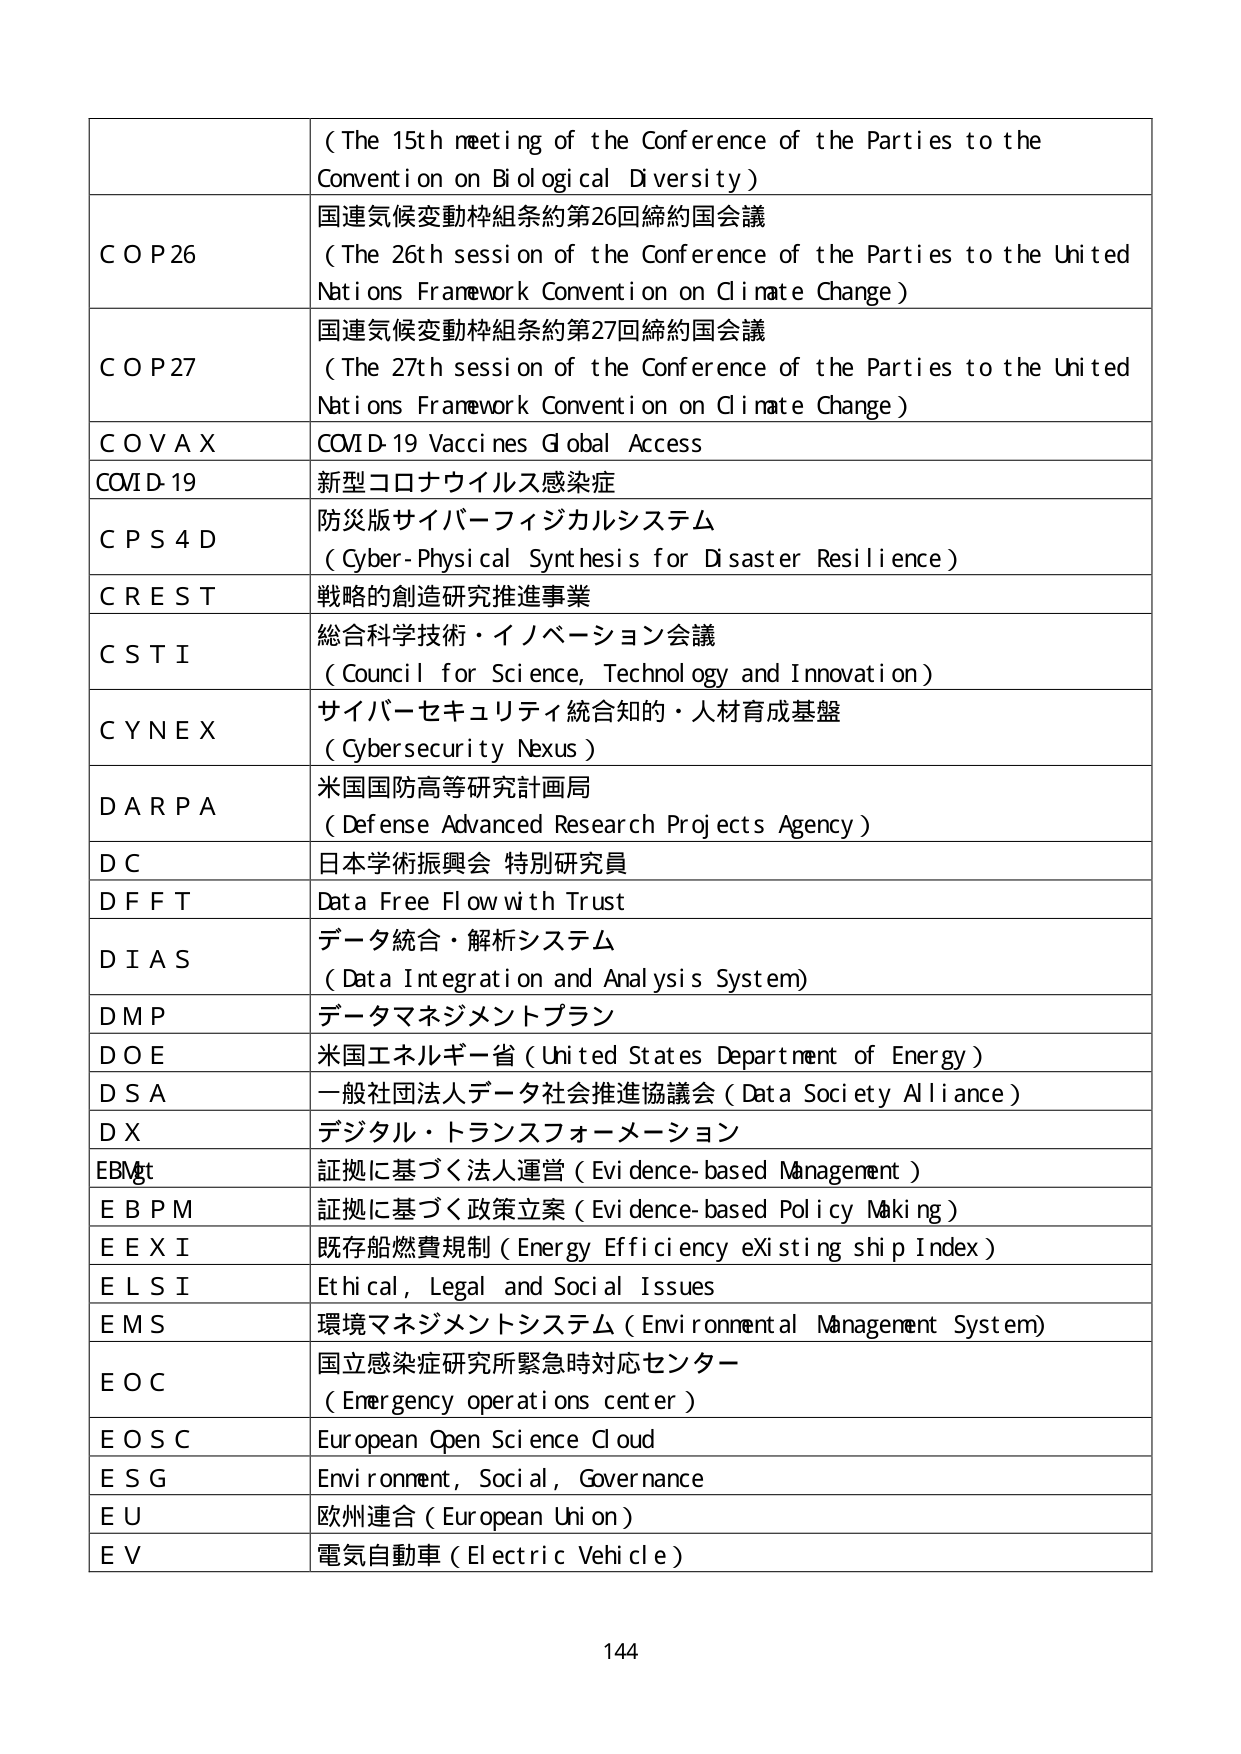
( The 15th meeting of the Conference of the Parties to the Convention on Biological Diversity )

COP26
国連気候変動枠組条約第26回締約国会議
( The 26th session of the Conference of the Parties to the United Nations Framework Convention on Climate Change )

COP27
国連気候変動枠組条約第27回締約国会議
( The 27th session of the Conference of the Parties to the United Nations Framework Convention on Climate Change )

COVAX
COVID-19 Vaccines Global Access

COVID-19
新型コロナウイルス感染症

CPS4D
防災版サイバーフィジカルシステム
( Cyber-Physical Synthesis for Disaster Resilience )

CREST
戦略的創造研究推進事業

CSTI
総合科学技術・イノベーション会議
( Council for Science, Technology and Innovation )

CYNEX
サイバーセキュリティ統合知的・人材育成基盤
( Cybersecurity Nexus )

DARPA
米国国防高等研究計画局
( Defense Advanced Research Projects Agency )

DC
日本学術振興会 特別研究員

DFFT
Data Free Flow with Trust

DIAS
データ統合・解析システム
( Data Integration and Analysis System )

DMP
データマネジメントプラン

DOE
米国エネルギー省 ( United States Department of Energy )

DSA
一般社団法人データ社会推進協議会 ( Data Society Alliance )

DX
デジタル・トランスフォーメーション

EBMgt
証拠に基づく法人運営 ( Evidence-based Management )

EBPM
証拠に基づく政策立案 ( Evidence-based Policy Making )

EXI
既存船燃費規制 ( Energy Efficiency existing ship Index )

ELSI
Ethical, Legal and Social Issues

EMS
環境マネジメントシステム ( Environmental Management System )

EOC
国立感染症研究所緊急時対応センター
( Emergency operations center )

EOSC
European Open Science Cloud

ESG
Environment, Social, Governance

EU
欧州連合 ( European Union )

EV
電気自動車 ( Electric Vehicle )

144